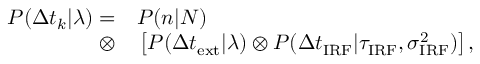
\begin{array} { r l } { P ( \Delta t _ { k } | \lambda ) = } & { { } P ( n | N ) } \\ { \otimes } & { { } \left[ P ( \Delta t _ { \mathrm { e x t } } | \lambda ) \otimes P ( \Delta t _ { \mathrm { I R F } } | \tau _ { \mathrm { I R F } } , \sigma _ { \mathrm { I R F } } ^ { 2 } ) \right] , } \end{array}